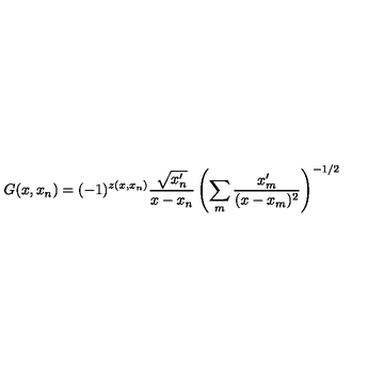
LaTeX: G ( x , x _ { n } ) = ( - 1 ) ^ { z ( x , x _ { n } ) } \frac { \sqrt { x _ { n } ^ { \prime } } } { x - x _ { n } } \left( \sum _ { m } \frac { x _ { m } ^ { \prime } } { ( x - x _ { m } ) ^ { 2 } } \right) ^ { - 1 / 2 }